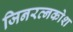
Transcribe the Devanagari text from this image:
जिनरत्नकोश